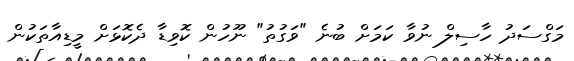
މަގްސަދު ހާސިލް ނުވާ ކަމަށް ބުނެ "ވަގުތު" ނޫހުން ކޮވިޑާ ދެކޮޅަށް މީީޑިއާތަކުން